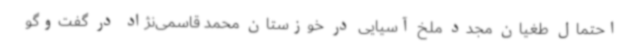
احتمال طغیان مجدد ملخ آسیایی در خوزستان محمد قاسمی‌نژاد در گفت‌وگو